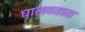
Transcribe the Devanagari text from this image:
घालवताता